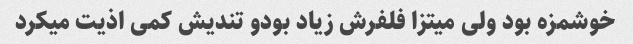
خوشمزه بود ولی میتزا فلفرش زیاد بودو تندیش کمی اذیت میکرد